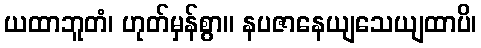
ယထာဘူတံ၊ ဟုတ်မှန်စွာ။ နပဇာနေယျသေယျထာပိ၊